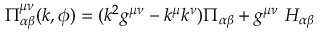
\Pi _ { \alpha \beta } ^ { \mu \nu } ( k , \phi ) = ( k ^ { 2 } g ^ { \mu \nu } - k ^ { \mu } k ^ { \nu } ) \Pi _ { \alpha \beta } + g ^ { \mu \nu } \ H _ { \alpha \beta }